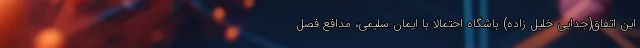
این اتفاق(جدایی خلیل زاده) باشگاه احتمالا با ایمان سلیمی، مدافع فصل